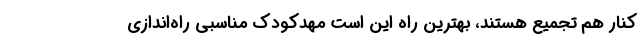
کنار هم تجمیع هستند، بهترین راه این است مهدکودک مناسبی راه‌اندازی